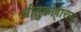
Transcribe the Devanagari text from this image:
श्रीतुकोबाराय